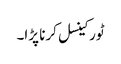
ٹور کینسل کرنا پڑا۔